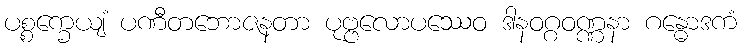
ပစ္စက္ခေယျံ ပဏီတဘောဇနတာ ပုဗ္ဗလောပဿေဝ ဒါနဝဂ္ဂဝဏ္ဏနာ ဂန္ဓောဒကံ